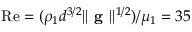
\mathrm { R e } = ( \rho _ { 1 } d ^ { 3 / 2 } | | \textbf { g } | | ^ { 1 / 2 } ) / \mu _ { 1 } = 3 5